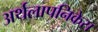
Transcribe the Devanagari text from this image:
अर्थलापनिकेस